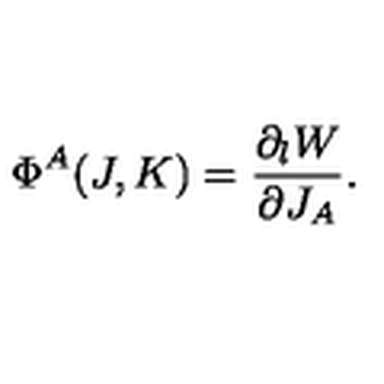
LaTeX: \Phi ^ { A } ( J , K ) = { \frac { \partial _ { l } W } { \partial J _ { A } } } .